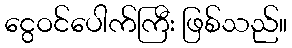
ငွေဝင်ပေါက်ကြီး ဖြစ်သည်။